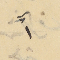
١"